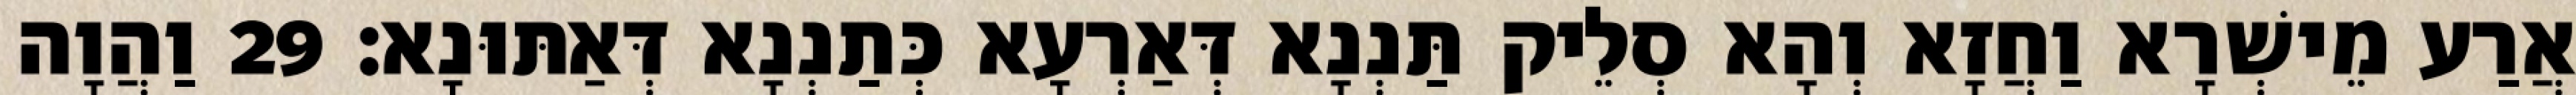
אֲרַע מֵישְׁרָא וַחֲזָא וְהָא סְלֵיק תַּנְנָא דְּאַרְעָא כְּתַנְנָא דְּאַתּוּנָא׃ 29 וַהֲוָה